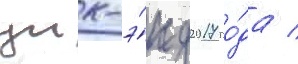
уик-э́нд 2017 го́да /